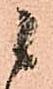
候